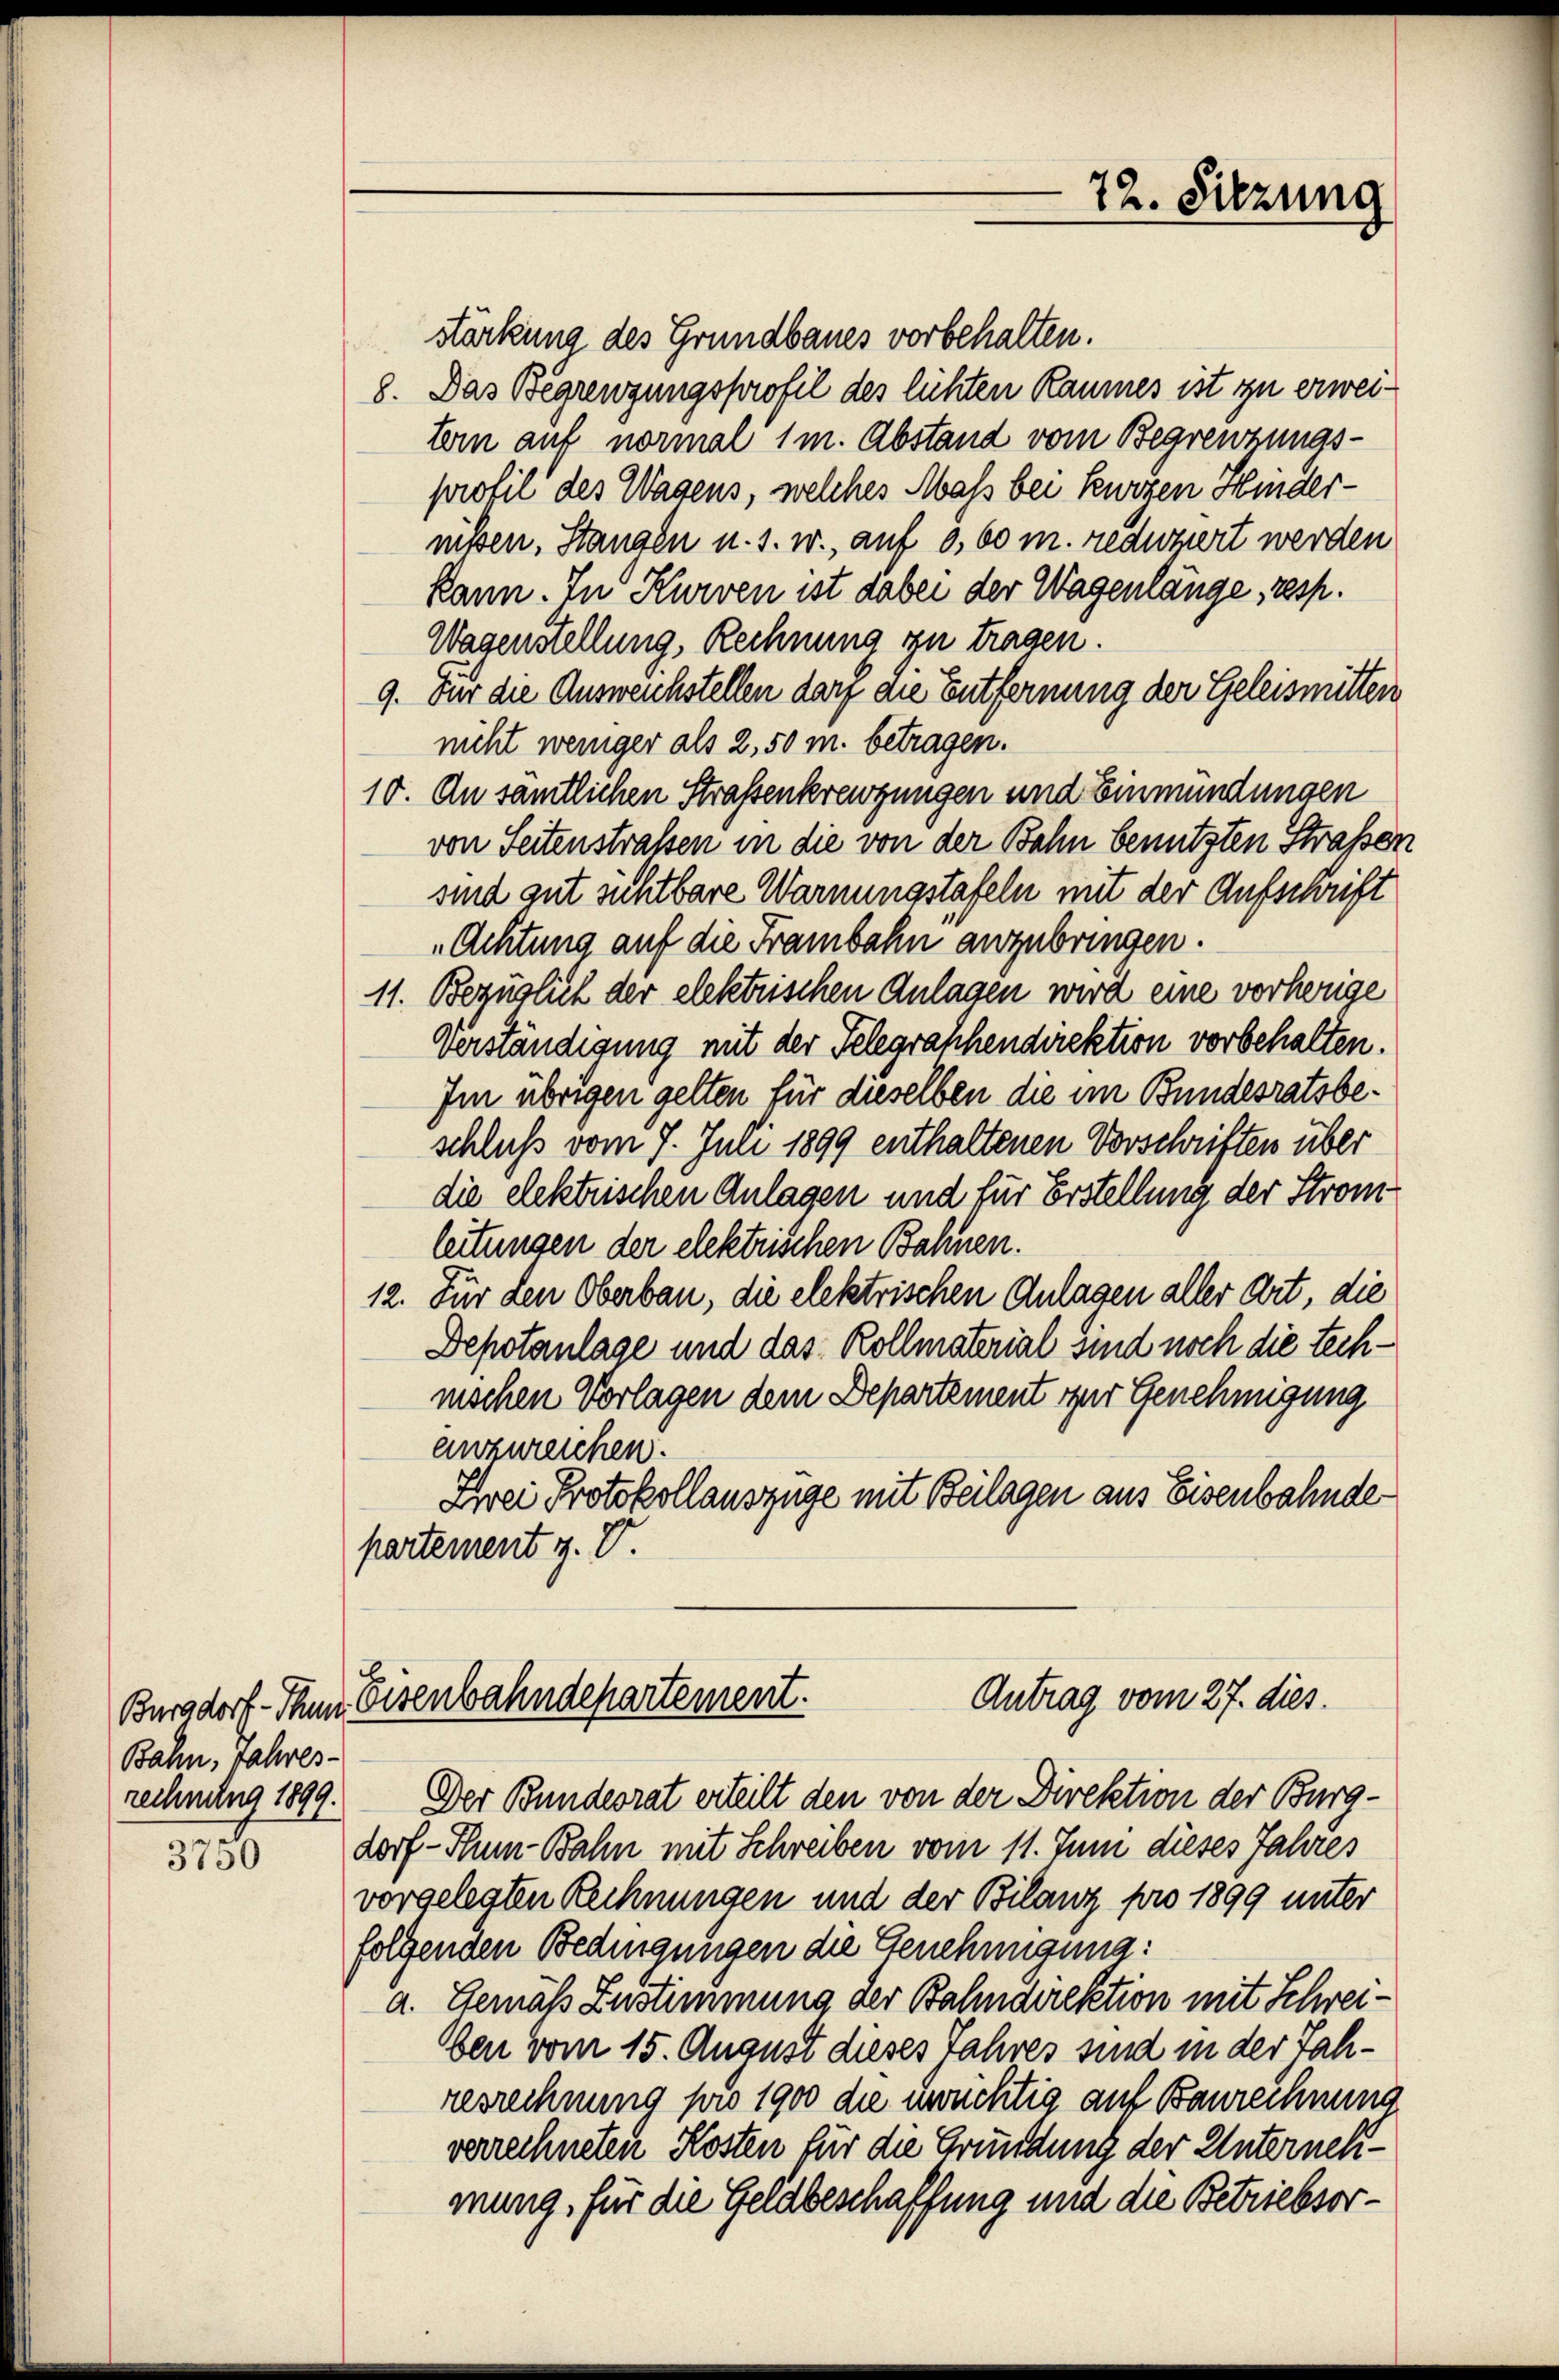
Bahn, Jahres-
rechnung 1899.

316

72. Sitzung

stärkung des Grundbaues vorbehalten.
8. Das Begrenzungsprofil des lüchten Raumes ist zu erweitern auf normal 1 m. Abstand vom Begrenzungs-
profil des Wagens, welches Mass bei kurzen Mindernissen. Stangen u. s. w., auf 0,60 m. reduziert werden
kann. In Kurven ist dabei der Wagenlange, resp.
Wagenstellung, Rechnung zu tragen.
9. Für die Ausweichstellen darf die Entfernung der Geleismitten
nicht weniger als 2, 50 m. betragen.
10. An sämtlichen Straßenkreuzungen und Einmündungen
von Seitenstraßen in die von der Bahn benutzten Straßen
sind gut sichtbare Warnungstafeln mit der Aufschrift
Achtung auf die Franbahn anzubringen.
11. Bezüglich der elektrischen Anlagen wird eine vorherige
Verständigung mit der Telegrathendirektion vorbehalten.
Im übrigen gelten für dieselben die im Bundesratsbeschluß vom 7. Juli 1899 enthaltenen Vorschriften über
die elektrischen Anlagen und für Erstellung der Stromleitungen der elektrischen Bahnen.
12. Für den Oberbau, die elektrischen Anlagen aller Art, die
Depotanlage und das Kollmaterial sind noch die technischen Vorlagen dem Departement zur Genehmigung
anzureichen.
Zwei Protokollauszüge mit Beilagen aus Eisenbahnde
partement z. V.

Antrag vom 27. dies.
Burgdorf - Ihn Eisenbahndepartement.

Der Bundesrat erteilt den von der Direktion der Burgdorf- Sum-Bahn mit Schreiben vom 11. Juni dieses Jahres
vorgelegten Rechnungen und der Bilanz pro 1899 unter
folgenden Bedingungen die Genehmigung:
a. Gemäß Zustimmung der Bahndirektion mit Schreiben vom 15. August dieses Jahres sind in der Jahresrechnung pro 1900 die unüchtig auf Baurechnung
verrechneten Kosten für die Gründung der Unternehmung, für die Geldbeschaffung und die Betriebsor¬